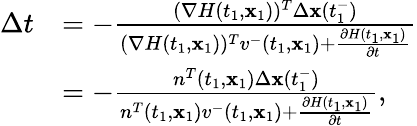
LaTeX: \begin{array}{rl}{\Delta t}&{=-\frac{(\nabla H(t_{1},\textbf{x}_{1}))^{T}\Delta\textbf{x}(t_{1}^{-})}{(\nabla H(t_{1},\textbf{x}_{1}))^{T}v^{-}(t_{1},\textbf{x}_{1})+\frac{\partial H(t_{1},\textbf{x}_{1})}{\partial t}}}\\ &{=-\frac{n^{T}(t_{1},\textbf{x}_{1})\Delta\textbf{x}(t_{1}^{-})}{n^{T}(t_{1},\textbf{x}_{1})v^{-}(t_{1},\textbf{x}_{1})+\frac{\partial H(t_{1},\textbf{x}_{1})}{\partial t}},}\end{array}